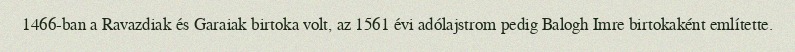
1466-ban a Ravazdiak és Garaiak birtoka volt, az 1561 évi adólajstrom pedig Balogh Imre birtokaként említette.